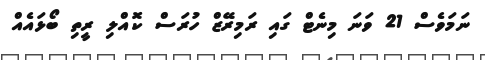
ނަމަވެސް 21 ވަނަ މިނެޓް ގައި ރަމިރޭޒް ހުރަސް ކޮއްލި ރީތި ބޯޅައެއް